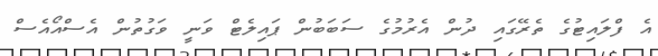
އެ ފްލައިޓުގެ ތެރޭގައި ދުން އެރުމުގެ ސަބަބުން ޕައިލެޓް ވަނީ ވަގުތުން އެސްއޯއެސް